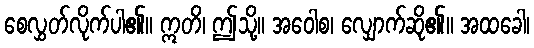
စေလွှတ်လိုက်ပါ၏။ ဣတိ၊ ဤသို့။ အဝေါစ၊ လျှောက်ဆို၏။ အထခေါ၊